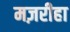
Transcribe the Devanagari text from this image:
मज़रीहा